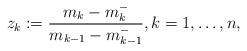
LaTeX: \begin{align*}z_k:=\frac{m_k-m_k^-}{m_{k-1}-m_{k-1}^-},k=1,\dots,n,\end{align*}